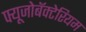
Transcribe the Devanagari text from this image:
फ्यूजोबॅक्टेरियम